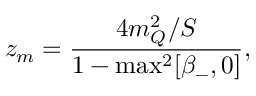
z _ { m } = \frac { 4 m _ { Q } ^ { 2 } / S } { 1 - \operatorname * { m a x } ^ { 2 } [ \beta _ { - } , 0 ] } ,